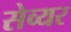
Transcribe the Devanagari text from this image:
सेव्यर